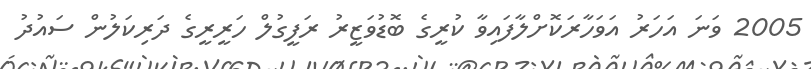
2005 ވަނަ އަހަރު އަވަހާރަކޮށްލާފައިވާ ކުރީގެ ބޮޑުވަޒީރު ރަފީގުލް ހަރީރީގެ ދަރިކަލުން ސައުދު